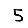
Digit: 5